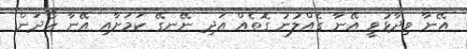
އޭނާ ވިދާޅުވީ އޭނާ ގެއްލުނު ގޮތެއް އަދި ނޭނގޭ ކަމަށާއި އޭނާ ހޯދަން